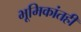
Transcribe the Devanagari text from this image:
भूमिकांतही